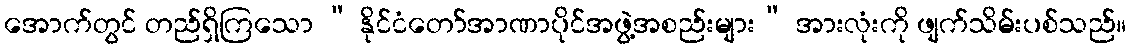
အောက်တွင် တည်ရှိကြသော “ နိုင်ငံတော်အာဏာပိုင်အဖွဲ့အစည်းများ” အားလုံးကို ဖျက်သိမ်းပစ်သည်။